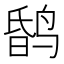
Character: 𪉎